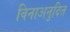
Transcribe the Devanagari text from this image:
विनाअनुदित